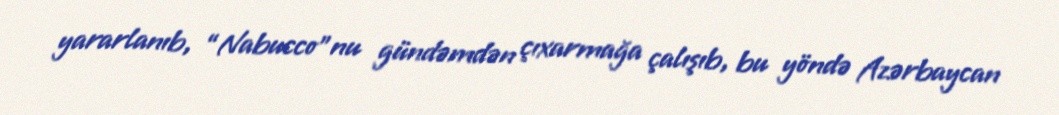
yararlanıb, “Nabucco”nu gündəmdən çıxarmağa çalışıb, bu yöndə Azərbaycan